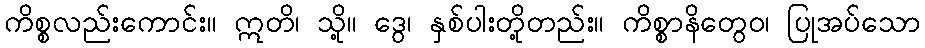
ကိစ္စလည်းကောင်း။ ဣတိ၊ သို့။ ဒွေ၊ နှစ်ပါးတို့တည်း။ ကိစ္စာနိတွေဝ၊ ပြုအပ်သော